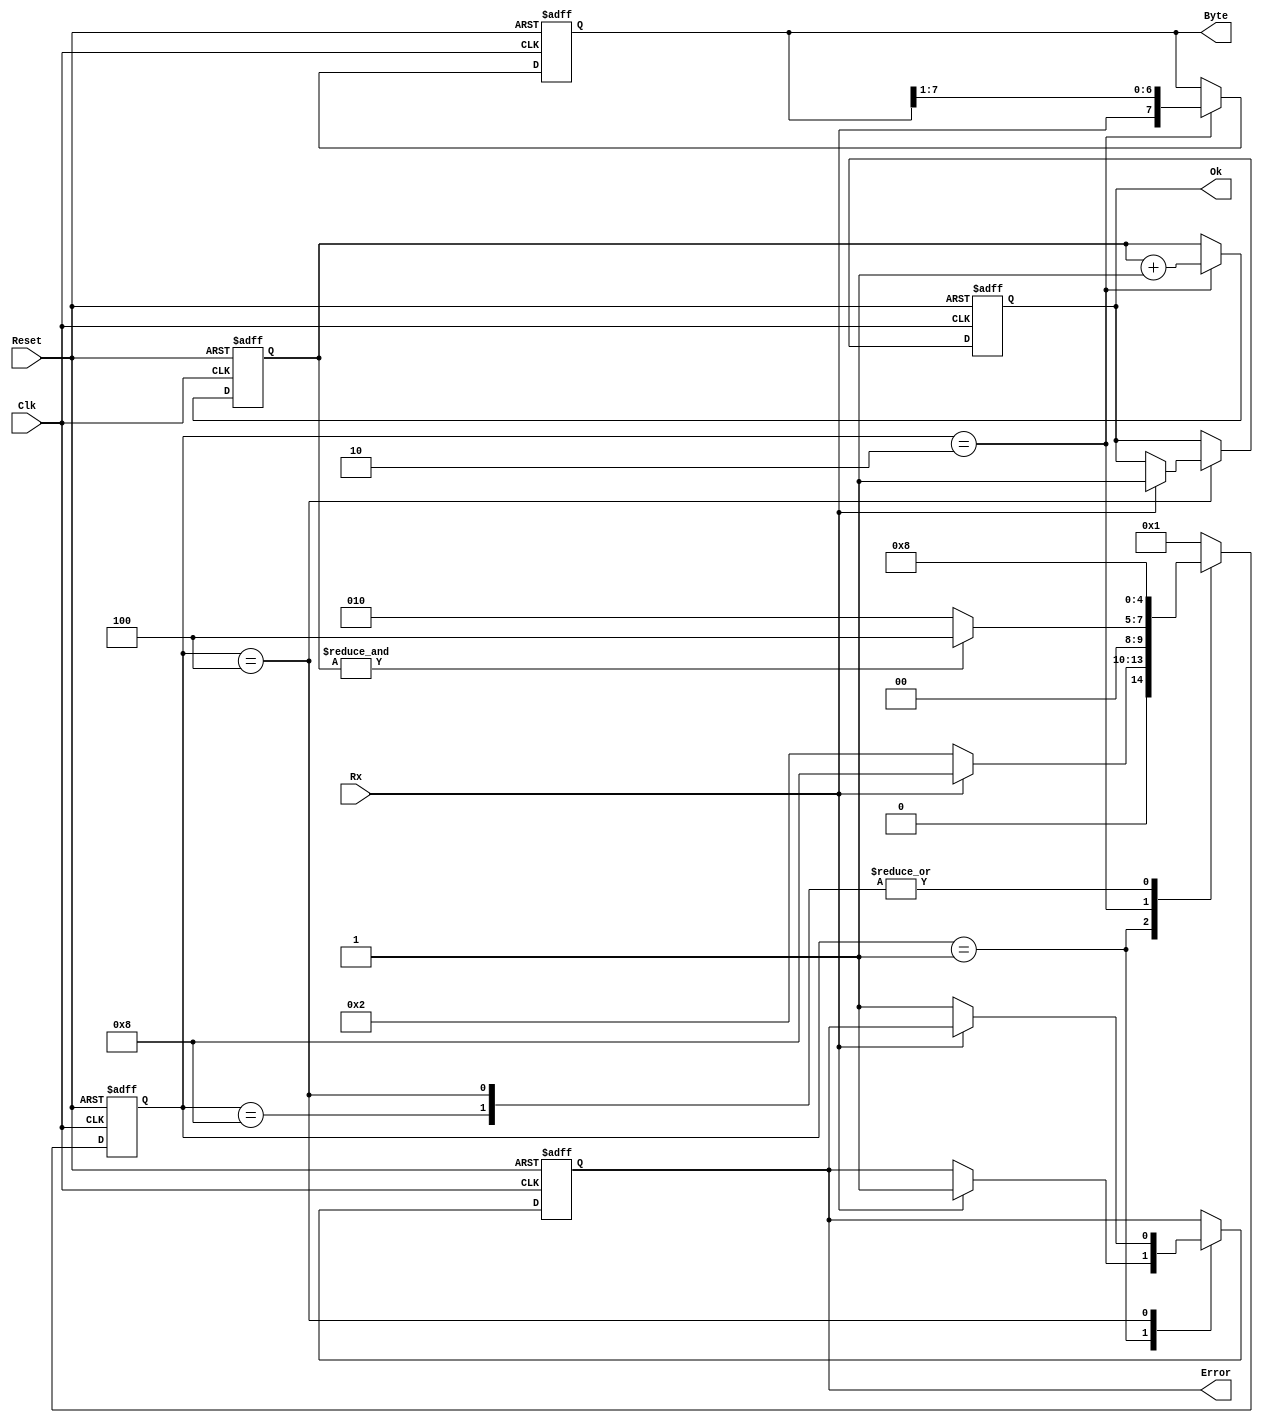
module rx_shift_reg (Clk, Reset, Rx, Byte, Ok, Error
    );  // 
    // 
    parameter   START_BIT    = 4'b0001,
                RECEIVE_BYTE = 4'b0010,
                STOP_BIT     = 4'b0100,
                WAIT         = 4'b1000;
    // I/O
    input Clk, Reset, Rx;
    output reg [7:0] Byte;
    output reg Ok, Error;

    reg [4:0] Q_present, Q_next;    // 
    reg [2:0] bit_cnt;              // 

    always @ (posedge Clk, negedge Reset) begin
        if (!Reset) begin
            Q_present <= START_BIT;
        end else begin
            Q_present <= Q_next;
        end
    end

    always @(*) begin
        case (Q_present)
            START_BIT    : begin if (Rx)       Q_next <= WAIT;     else Q_next <= RECEIVE_BYTE; end
            RECEIVE_BYTE : begin if (&bit_cnt) Q_next <= STOP_BIT; else Q_next <= RECEIVE_BYTE; end
            STOP_BIT     : begin Q_next <= WAIT;      end
            WAIT         : begin Q_next <= WAIT;      end
            default      : begin Q_next <= START_BIT; end
        endcase
    end

    always @ (posedge Clk, negedge Reset) begin
        if (!Reset) begin
            {Byte, bit_cnt, Ok, Error} <= 0;
        end else begin
            case (Q_present)
                START_BIT   : begin if (Rx) Error <= 1'b1; end
                RECEIVE_BYTE: begin       // 
                    bit_cnt <= bit_cnt + 4'd1;
                    Byte    <= {Rx, Byte[7:1]};
                end
                STOP_BIT    : begin if (Rx) Ok <= 1'b1; else Error <= 1'b1; end
                WAIT        : begin {Ok, Error} <= {Ok, Error};             end
            endcase
        end
    end
endmodule